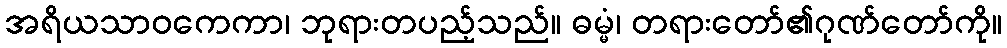
အရိယသာဝကေကာ၊ ဘုရားတပည့်သည်။ ဓမ္မံ၊ တရားတော်၏ဂုဏ်တော်ကို။